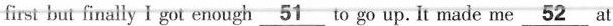
first but finally I got enough\underline{51} to go up. It made me\underline{52}at